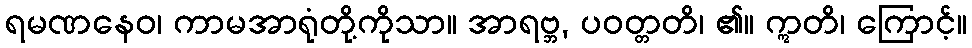
ရမဏနေဝ၊ ကာမအာရုံတို့ကိုသာ။ အာရဗ္ဘ, ပဝတ္တတိ၊ ၏။ ဣတိ၊ ကြောင့်။